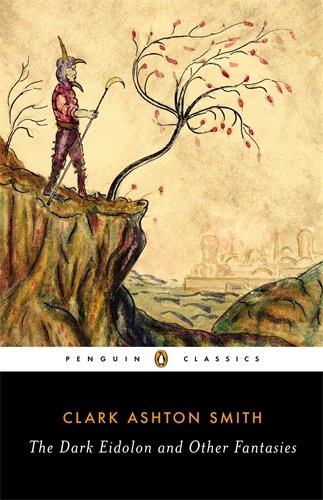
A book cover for The Dark Eidolon and Other Fantasies (Penguin Classics); Clark Ashton Smith; Science Fiction & Fantasy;